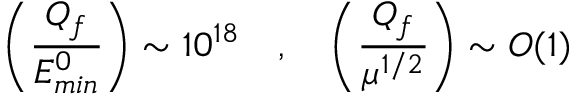
\left( \frac { Q _ { f } } { E _ { m i n } ^ { 0 } } \right) \sim 1 0 ^ { 1 8 } \ \ \ , \ \ \ \left( \frac { Q _ { f } } { \mu ^ { 1 / 2 } } \right) \sim O ( 1 )